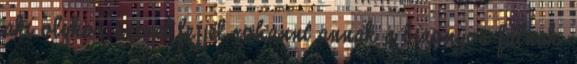
aki olykor szeret fejjel rohanni annak a bizonyos falnak.